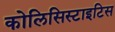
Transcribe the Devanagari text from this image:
कोलिसिस्टाइटिस